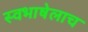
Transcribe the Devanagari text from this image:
स्वभाषेलाच